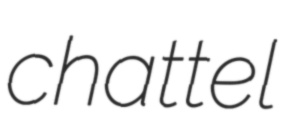
chattel